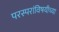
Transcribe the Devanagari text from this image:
परस्परांविषयीच्या